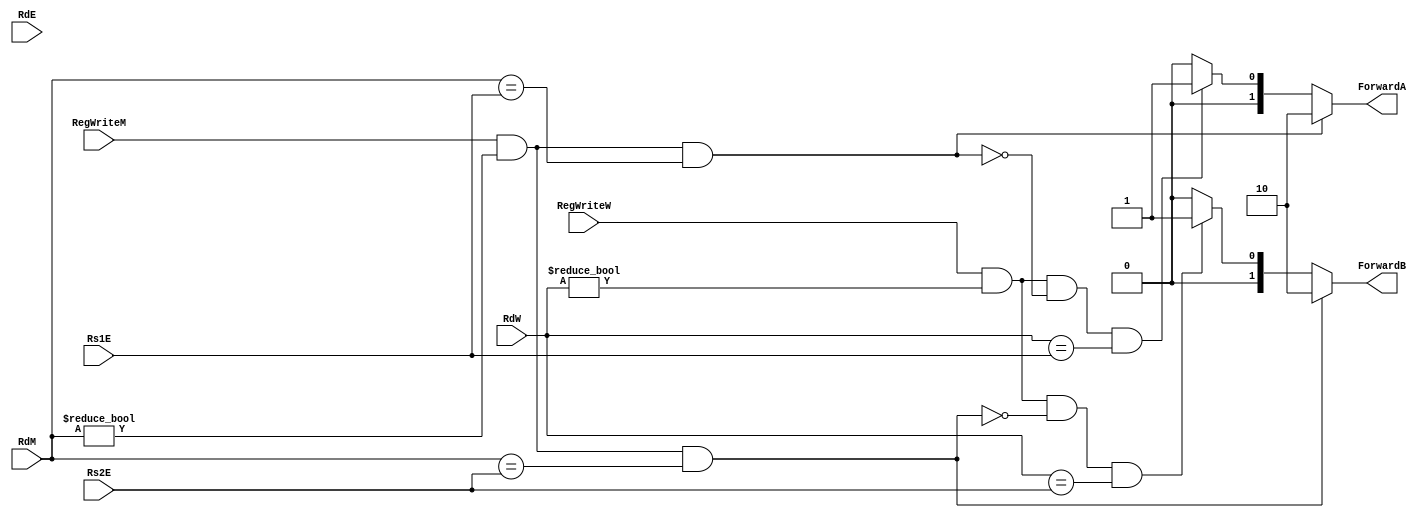

module forwarding_unit(Rs1E, Rs2E, RdE, RegWriteM, RegWriteW, RdM, RdW, ForwardA, ForwardB);
	
	input RegWriteM, RegWriteW;
	input [4:0] Rs1E, Rs2E, RdE, RdM, RdW;

	output [1:0] ForwardA, ForwardB;
	
	wire EX1_Hazard, EX2_Hazard, MEM1_Hazard, MEM2_Hazard;
		
	assign EX1_Hazard = (RegWriteM) & (RdM != 5'd0) & RdM == Rs1E;
	assign MEM1_Hazard = (RegWriteW) & (RdW != 5'd0) &  (~EX1_Hazard) & (RdW == Rs1E);
	
	assign EX2_Hazard = (RegWriteM) & (RdM != 5'd0) & RdM == Rs2E;
	assign MEM2_Hazard = (RegWriteW) & (RdW != 5'd0) &  (~EX2_Hazard) & (RdW == Rs2E);
	
	assign ForwardA = (EX1_Hazard) ? (2'b10) : (MEM1_Hazard) ? (2'b01) : (2'b00);
	assign ForwardB = (EX2_Hazard) ? (2'b10) : (MEM2_Hazard) ? (2'b01) : (2'b00);


endmodule